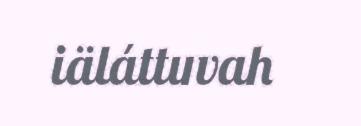
iäláttuvah